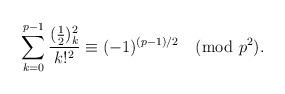
LaTeX: \begin{align*}\sum_{k=0}^{p-1}\frac{(\frac{1}{2})_k^2}{k!^2}\equiv (-1)^{(p-1)/2}\pmod {p^2}.\end{align*}